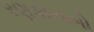
રણકાચબો